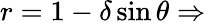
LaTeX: r=1-\delta\sin\theta\Rightarrow